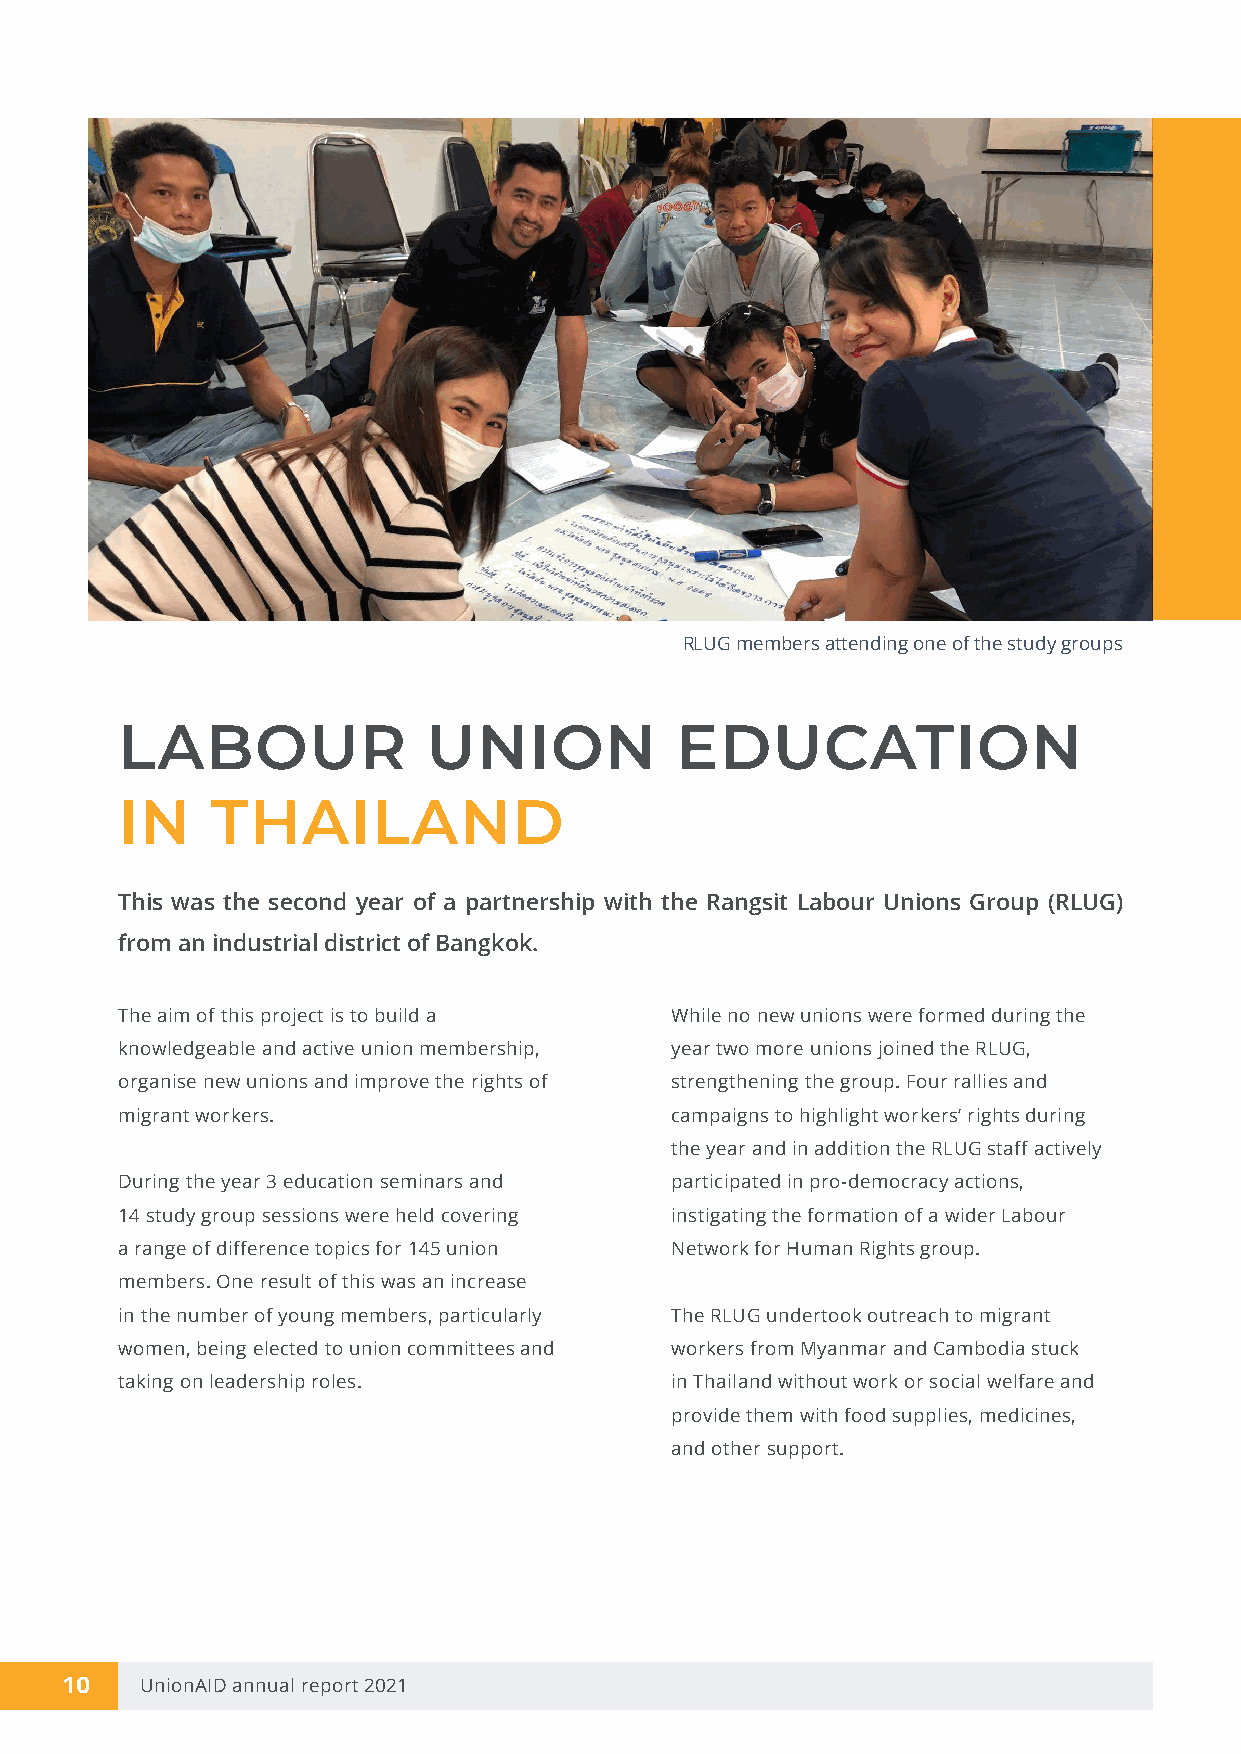
RLUG members attending one of the study groups
 LABOUR              UNION            EDUCATION
 IN    THAILAND
 This was the second year of a partnership with the Rangsit Labour Unions Group (RLUG)
 from an industrial district of Bangkok.
 The aim of this project is to build a While no new unions were formed during the
 knowledgeable and active union membership, year two more unions joined the RLUG,
 organise new unions and improve the rights of strengthening the group. Four rallies and
 migrant workers.                    campaigns to highlight workers’ rights during
 the year and in addition the RLUG staff actively
 During the year 3 education seminars and participated in pro-democracy actions,
 14 study group sessions were held covering instigating the formation of a wider Labour
 a range of difference topics for 145 union Network for Human Rights group.
 members. One result of this was an increase
 in the number of young members, particularly The RLUG undertook outreach to migrant
 women, being elected to union committees and workers from Myanmar and Cambodia stuck
 taking on leadership roles.         in Thailand without work or social welfare and
 provide them with food supplies, medicines,
 and other support.
 10   UnionAID annual report 2021